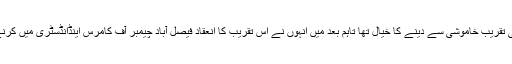
انہوں نے کہا کہ ان اداروں کے منتظمین اور اساتذہ کو سفری سہولتوں کی فراہمی کیلئے ویگن دینے کی تقریب خاموشی سے دینے کا خیال تھا تاہم بعد میں انہوں نے اس تقریب کا انعقاد فیصل آباد چیمبر آف کامرس اینڈانڈسٹری میں کرنے کا فیصلہ کیا تاکہ اس کے ذریعے دوسروں کو بھی خدمت خلق کے کاموں کی ترغیب دی جا سکے۔